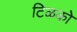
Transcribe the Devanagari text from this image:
टिळको